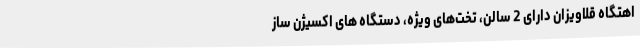
اهتگاه قلاویزان دارای 2 سالن، تخت‌های ویژه، دستگاه های اکسیژن ساز